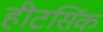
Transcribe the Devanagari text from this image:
हीटसिंक